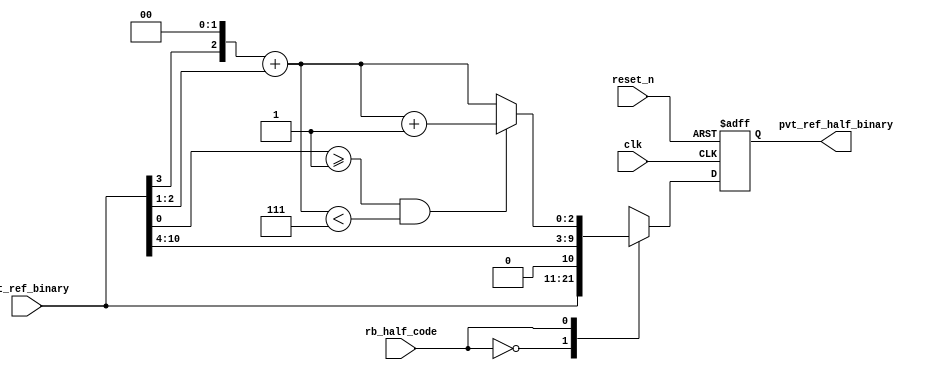
// SPDX-License-Identifier: Apache-2.0
// Copyright (C) 2019 Intel Corporation. 
//------------------------------------------------------------------------
// Copyright (c) 2012 Altera Corporation. .
//
//------------------------------------------------------------------------
//------------------------------------------------------------------------
// Description: half cycle delay code generation logics
//------------------------------------------------------------------------

//------------------------------------------------------------------------
// To be considered :
// 1. any potential glitch between code switching?
//------------------------------------------------------------------------

`timescale 1ps/1ps
module aibcr3pnr_half_cycle_code_gen 
#(
parameter FF_DELAY     = 200
)
(
   input  wire          clk,                     //reference clock from pll
   input  wire          reset_n,                 //output for dll reset
   input  wire  [10:0]  pvt_ref_binary,          //output binary pvt value for delay chain; changed from [9:0] to [10:0]
   input  wire          rb_half_code,   	 //select between original or half cycle codes
   output reg   [10:0]  pvt_ref_half_binary 	 //half cycle code (binary) for delay chain; change from [9:0] to [10:0]
);

`ifdef TIMESCALE_EN
  timeunit 1ps;
  timeprecision 1ps;
`endif

wire [7:0]  coarse_bin;                           // change from [6:0] to [7:0]
wire [2:0]  fint_bin, fint_bin_inc;
wire [2:0]  fine_bin;
wire [8:0]  coarse_divided_bin;                   // change from [7:0] to [8:0]
wire [3:0]  fine_divided_bin, coarse_frac_bin;

                        assign  coarse_divided_bin[8:0] = {1'b0,pvt_ref_binary[10:3]}; // changed from pvt_ref_binary[9:3] to [10:3]
                        assign  fine_divided_bin[3:0] = {1'b0,pvt_ref_binary[2:0]};
                        assign  coarse_frac_bin[3:0] = {coarse_divided_bin[0],3'b000};
                        assign  fint_bin[2:0] = coarse_frac_bin[3:1] + fine_divided_bin[3:1];
                        assign  fint_bin_inc[2:0] = ((fine_divided_bin[0] >= 1'd1) && (fint_bin < 3'd7)) ? fint_bin[2:0] + 3'b001 : fint_bin[2:0];

        assign coarse_bin = coarse_divided_bin[8:1]; // change from [7:1] to [8:1]
        assign fine_bin = fint_bin_inc;

        always @(posedge clk or negedge reset_n)
                begin
                        if(~reset_n) begin
				pvt_ref_half_binary <= #FF_DELAY 11'b000_0000_0000;
			end
			else case (rb_half_code)
				1'b0 : pvt_ref_half_binary <= #FF_DELAY pvt_ref_binary;
				1'b1 : pvt_ref_half_binary <= #FF_DELAY {coarse_bin,fine_bin};
				default : pvt_ref_half_binary <= #FF_DELAY {coarse_bin,fine_bin};
			endcase
		end 

endmodule // aibcr3pnr_half_cycle_code_gen